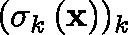
( \mathbf { \sigma } _ { k } \left( \mathbf { x } \right) ) _ { k }